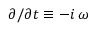
\partial / \partial t \equiv - i \, \omega